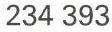
234 393